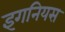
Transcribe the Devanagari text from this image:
इगनियस